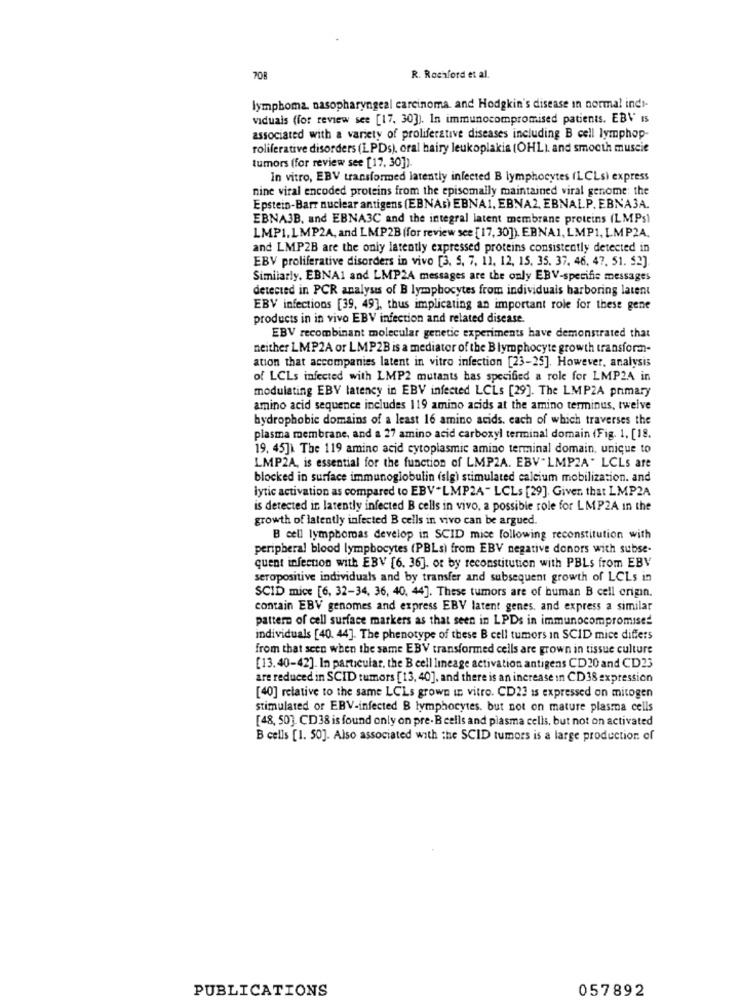
708
R. Rochford et al.
lymphoma, nasopharyngeal carcinoma and Hodgkin's disease In normal indi-
viduals (for review see [17, 30]). In immunocompromised patients. EBV Is
associated with a variety of proliferative diseases including B cell lymphop
roliferative disorders (L.PDs), oral hairy leukoplakis (OHL), and smooth muscie
tumors (for review see [17. 30])
In vitro, EBV transformed latently infected B lymphocytes (LCLsi express
nine viral encoded proteins from the episomally maintained viral genome: the
Epstein-Barr nuclear antigens (EBNAs) EBNA1, EBNA2, EBNALP. EBNAJA.
EBNAJB, and EBNA3C and the integral latent membrane proteins (LMPs)
LMP1.LMP2A, and LMP2B (for review see [ 17, 30]). EBNA1, LMP1, LMP2A.
and LMP2B are the only latently expressed proteins consistently detected in
EBV proliferative disorders in vivo [3. 5, 7, 11, 12, 15. 35. 37. 46, 47. 51. 52].
Similarly, EBNA1 and LMP24 messages are the only EBV-specific messages
detected in PCR analysis of B lymphocytes from individuals harboring latent
EBV infections [39, 49], thus implicating an important role for these gene
products in in vivo EBV infection and related disease.
EBV recombinant molecular genetic experiments have demonstrated that
neither LMP2A or LMP2B is a mediator of the B lymphocyte growth transform-
ation that accompanies latent in vitro infection [23-25]. However, analysis
of LCLs infected with LMP2 mutants bas specified a role for LMP24 in
modulating EBV latency in EBV infected LCLs [29]. The LMPZA primary
amino acid sequence includes 119 amino acids at the amino terminus, twelve
hydrophobic domains of a least 16 amino acids. each of which traverses the
plasma membrane, and a 27 amino acid carboxyl terminal domain (Fig. 1. [18.
19. 45]) The 119 amino acid cytoplasmic amino terminal domain, unique to
LMP2A, is essential for the function of LMP2A. EBV"LMPZA" LCLs are
blocked in surface immunoglobulin (sig) stimulated calcium mobilization. and
lytic activation as compared to EBV"LMP2A - LCLs [29]. Giver, that LMP2A
is detected ir latently infected B cells in vivo, a possible role for LMP2A In the
growth of latently infected B cells in vivo can be argued.
B cell lymphomas develop in SCID mice following reconstitution with
peripheral blood lymphocytes (PBLs) from EBV negative donors with subse-
quent infection with EBV [6. 36]. or by reconstitution with PBLs from EBV
seropositive individuals and by transfer and subsequent growth of LCLs in
SCID mice [6, 32-34, 36, 40, 44]. These tumors are of human B cell origin.
contain EBV genomes and express EBV latent genes. and express a similar
pattern of cell surface markers as that seen in LPDs in immunocompromised
individuals [40. 44]. The phenotype of these B cell tumors in SCID mice differs
from that seen when the same EBV transformed cells are grown in tissue culture
[13.40-42]. In particular, the B cell lineage activation antigens CD20 and CD23
are reduced in SCID tumors [13, 40], and there is an increase in CD38 expression
[40] relative to the same LCLs grown in vitro. CD23 is expressed on mitogen
stimulated or EBV-infected B lymphocytes. but not on mature plasma cells
[48, 50]. CD38 is found only on pre- B cells and plasma cells, but not on activated
B cells [1. 50]. Also associated with the SCID tumors is a large production of
PUBLICATIONS
057892